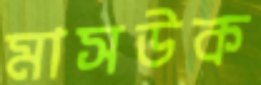
মাসউক